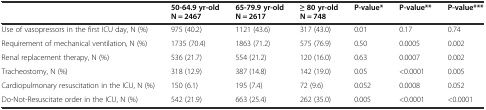
<table><thead><tr><td></td><td><b>50-64.9 yr-old N = 2467</b></td><td><b>65-79.9 yr-old N = 2617</b></td><td><b>≥ 80 yr-old N = 748</b></td><td><b>P-value*</b></td><td><b>P-value**</b></td><td><b>P-value***</b></td></tr></thead><tbody><tr><td>Use of vasopressors in the first ICU day, N (%)</td><td>975 (40.2)</td><td>1121 (43.6)</td><td>317 (43.0)</td><td>0.01</td><td>0.17</td><td>0.74</td></tr><tr><td>Requirement of mechanical ventilation, N (%)</td><td>1735 (70.4)</td><td>1863 (71.2)</td><td>575 (76.9)</td><td>0.50</td><td>0.0005</td><td>0.002</td></tr><tr><td>Renal replacement therapy, N (%)</td><td>536 (21.7)</td><td>554 (21.2)</td><td>120 (16.0)</td><td>0.63</td><td>0.0007</td><td>0.002</td></tr><tr><td>Tracheostomy, N (%)</td><td>318 (12.9)</td><td>387 (14.8)</td><td>142 (19.0)</td><td>0.05</td><td>&lt;0.0001</td><td>0.005</td></tr><tr><td>Cardiopulmonary resuscitation in the ICU, N (%)</td><td>150 (6.1)</td><td>195 (7.4)</td><td>72 (9.6)</td><td>0.052</td><td>0.0008</td><td>0.052</td></tr><tr><td>Do-Not-Resuscitate order in the ICU, N (%)</td><td>542 (21.9)</td><td>663 (25.4)</td><td>262 (35.0)</td><td>0.005</td><td>&lt;0.0001</td><td>&lt;0.0001</td></tr></tbody></table>